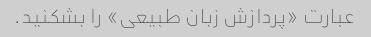
عبارت «پردازش زبان طبیعی» را بشکنید.